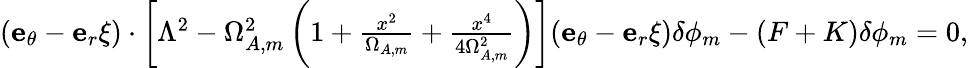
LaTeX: \begin{array}{r}{({\mathbf e}_{\theta}-{\mathbf e}_{r}\xi)\cdot\left[\Lambda^{2}-\Omega_{A,m}^{2}\left(1+\frac{x^{2}}{\Omega_{A,m}}+\frac{x^{4}}{4\Omega_{A,m}^{2}}\right)\right]({\mathbf e}_{\theta}-{\mathbf e}_{r}\xi)\delta\phi_{m}-(F+K)\delta\phi_{m}=0,}\end{array}